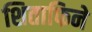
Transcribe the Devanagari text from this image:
शिताफिने